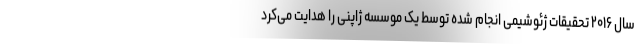
سال ۲۰۱۶ تحقیقات ژئوشیمی انجام شده توسط یک موسسه ژاپنی را هدایت می‌کرد